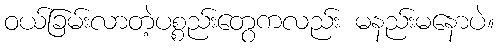
ဝယ်ခြမ်းလာတဲ့ပစ္စည်းတွေကလည်း မနည်းမနောပဲ။